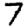
Digit: 7